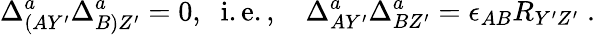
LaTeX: \Delta_{(AY^{\prime}}^{a}\Delta_{B)Z^{\prime}}^{a}=0,\; \; \mathrm{i.e.,}\; \; \; \; \Delta_{AY^{\prime}}^{a}\Delta_{BZ^{\prime}}^{a}=\epsilon_{AB}R_{Y^{\prime}Z^{\prime}}\; .